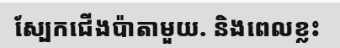
ស្បែកជើងប៉ាតាមួយ. និងពេលខ្លះ